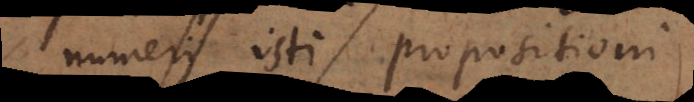
numeri isti propositioni